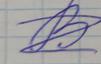
Signature authenticity: forged